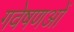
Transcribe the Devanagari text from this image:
गवेषणओं